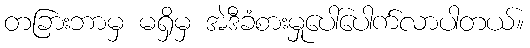
တခြားဘာမှ မရှိမှ အဲဒီခံစားမှုပေါ်ပေါက်လာပါတယ်။